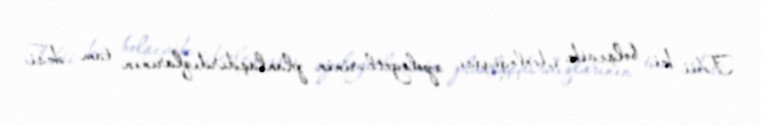
Təbii ki, bolşevik ideologiyası apologetlərinin planlaşdırdıqlarının tam əksi